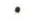
.